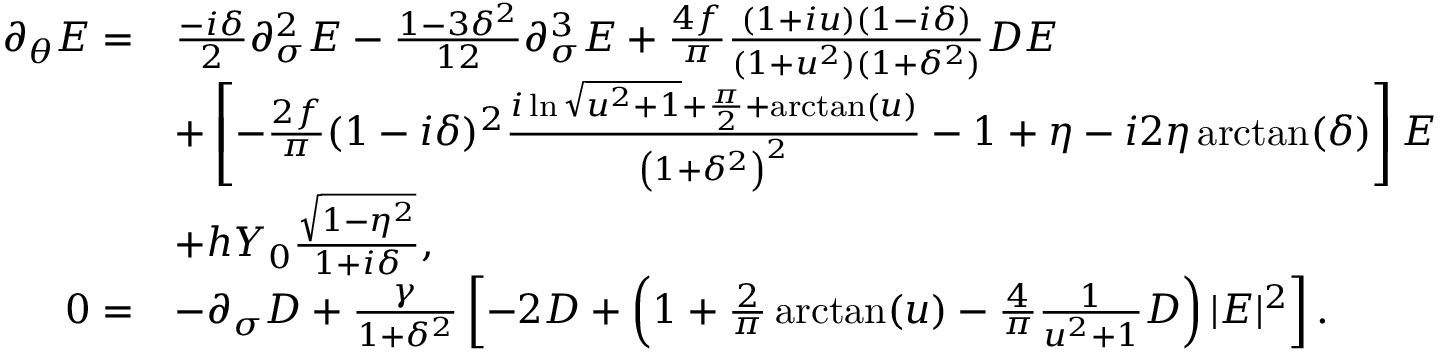
\begin{array} { r l } { \partial _ { \theta } E = } & { \frac { - i \delta } { 2 } \partial _ { \sigma } ^ { 2 } E - \frac { 1 - 3 \delta ^ { 2 } } { 1 2 } \partial _ { \sigma } ^ { 3 } E + \frac { 4 f } { \pi } \frac { ( 1 + i u ) ( 1 - i \delta ) } { ( 1 + u ^ { 2 } ) ( 1 + \delta ^ { 2 } ) } D E } \\ & { + \left[ - \frac { 2 f } { \pi } ( 1 - i \delta ) ^ { 2 } \frac { i \ln \sqrt { u ^ { 2 } + 1 } + \frac { \pi } { 2 } + \arctan ( u ) } { \left( 1 + \delta ^ { 2 } \right) ^ { 2 } } - 1 + \eta - i 2 \eta \arctan ( \delta ) \right] E } \\ & { + h Y _ { 0 } \frac { \sqrt { 1 - \eta ^ { 2 } } } { 1 + i \delta } , } \\ { 0 = } & { - \partial _ { \sigma } D + \frac { \gamma } { 1 + \delta ^ { 2 } } \left[ - 2 D + \left( 1 + \frac { 2 } { \pi } \arctan ( u ) - \frac { 4 } { \pi } \frac { 1 } { u ^ { 2 } + 1 } D \right) | E | ^ { 2 } \right] . } \end{array}